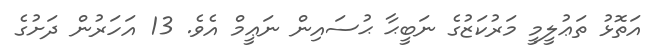
އަތޮޅު ތަޢުލީމީ މަރުކަޒުގެ ނަބީޙާ ޙުސައިން ނަޢީމް އެވެ. 13 އަހަރުން ދަށުގެ